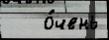
   о́чень